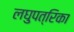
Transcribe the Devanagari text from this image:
लघुपत्रिका